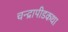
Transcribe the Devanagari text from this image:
चन्द्रापीडकथा